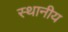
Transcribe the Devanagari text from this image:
स्थानीय